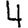
Digit: 4